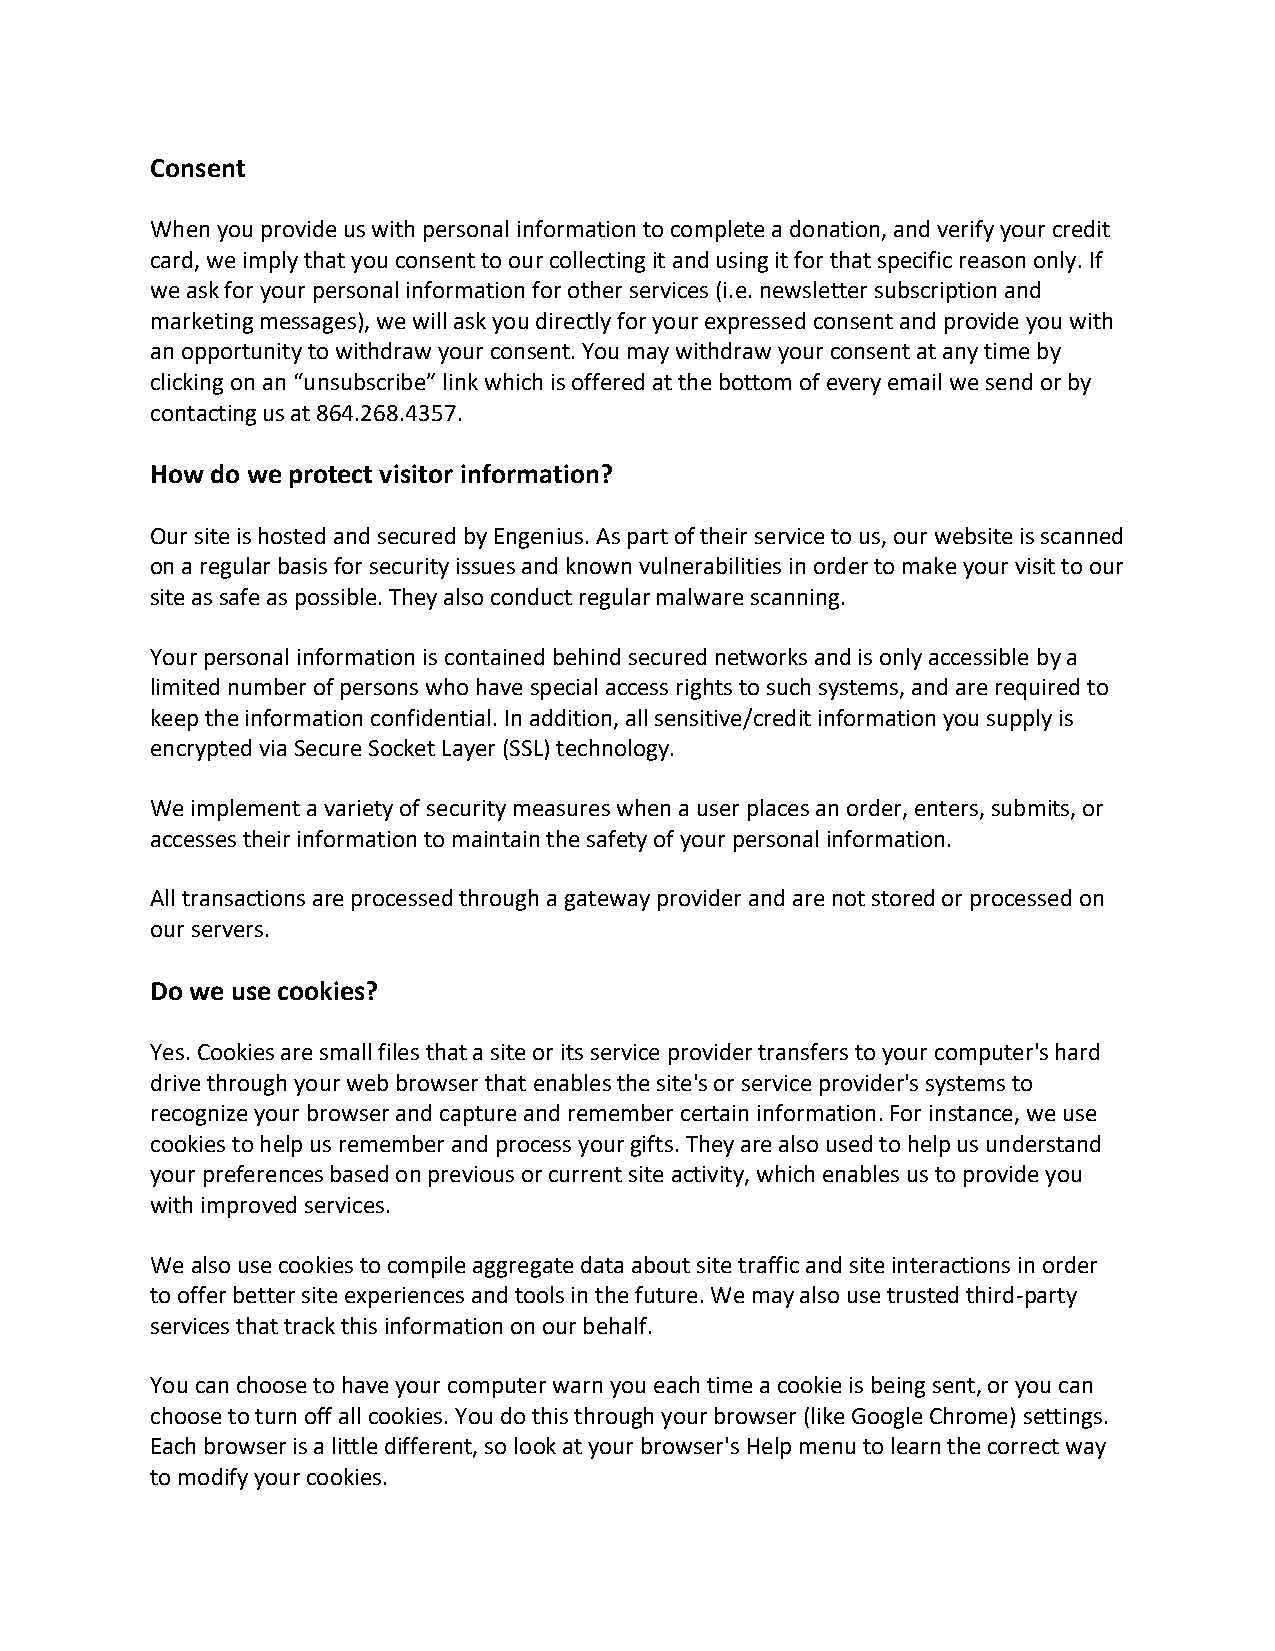
Consent
 When you provide us with personal information to complete a donation, and verify your credit
 card, we imply that you consent to our collecting it and using it for that specific reason only. If
 we ask for your personal information for other services (i.e. newsletter subscription and
 marketing messages), we will ask you directly for your expressed consent and provide you with
 an opportunity to withdraw your consent. You may withdraw your consent at any time by
 clicking on an “unsubscribe” link which is offered at the bottom of every email we send or by
 contacting us at 864.268.4357.
 How do we protect visitor information?
 Our site is hosted and secured by Engenius. As part of their service to us, our website is scanned
 on a regular basis for security issues and known vulnerabilities in order to make your visit to our
 site as safe as possible. They also conduct regular malware scanning.
 Your personal information is contained behind secured networks and is only accessible by a
 limited number of persons who have special access rights to such systems, and are required to
 keep the information confidential. In addition, all sensitive/credit information you supply is
 encrypted via Secure Socket Layer (SSL) technology.
 We implement a variety of security measures when a user places an order, enters, submits, or
 accesses their information to maintain the safety of your personal information.
 All transactions are processed through a gateway provider and are not stored or processed on
 our servers.
 Do we use cookies?
 Yes. Cookies are small files that a site or its service provider transfers to your computer's hard
 drive through your web browser that enables the site's or service provider's systems to
 recognize your browser and capture and remember certain information. For instance, we use
 cookies to help us remember and process your gifts. They are also used to help us understand
 your preferences based on previous or current site activity, which enables us to provide you
 with improved services.
 We also use cookies to compile aggregate data about site traffic and site interactions in order
 to offer better site experiences and tools in the future. We may also use trusted third-party
 services that track this information on our behalf.
 You can choose to have your computer warn you each time a cookie is being sent, or you can
 choose to turn off all cookies. You do this through your browser (like Google Chrome) settings.
 Each browser is a little different, so look at your browser's Help menu to learn the correct way
 to modify your cookies.